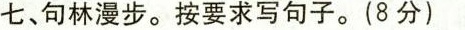
七、句林漫步。按要求写句子。(8分)